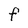
Character: F